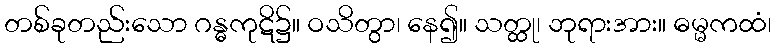
တစ်ခုတည်းသော ဂန္ဓကုဋိ၌။ ဝသိတွာ၊ နေ၍။ သတ္ထု၊ ဘုရားအား။ ဓမ္မကထံ၊